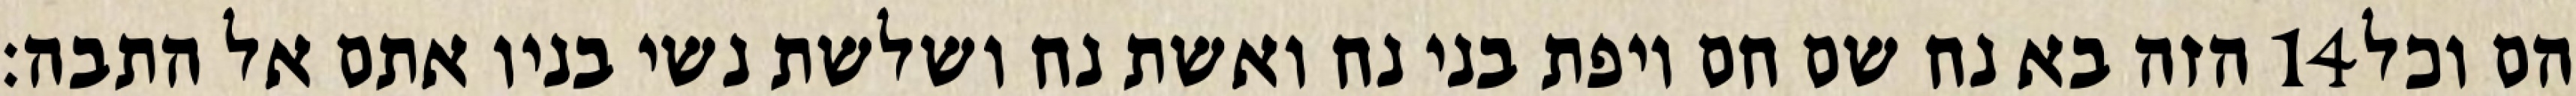
הזה בא נח שם חם ויפת בני נח ואשת נח ושלשת נשי בניו אתם אל התבה׃ ‎14‏ הם וכל